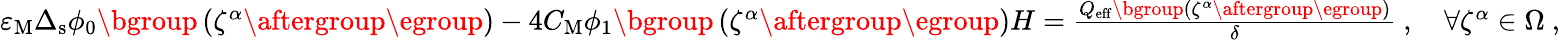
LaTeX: \begin{array}{r}{\varepsilon_{\mathrm{M}}\Delta_{\mathrm{s}}\phi_{0}\mathopen{}\mathclose\bgroup\left(\zeta^{\alpha}\aftergroup\egroup\right)-4C_{\mathrm{M}}\phi_{1}\mathopen{}\mathclose\bgroup\left(\zeta^{\alpha}\aftergroup\egroup\right)H=\frac{Q_{\mathrm{eff}}\mathopen{}\mathclose\bgroup\left(\zeta^{\alpha}\aftergroup\egroup\right)}{\delta}~,\quad\forall\zeta^{\alpha}\in\Omega~,}\end{array}